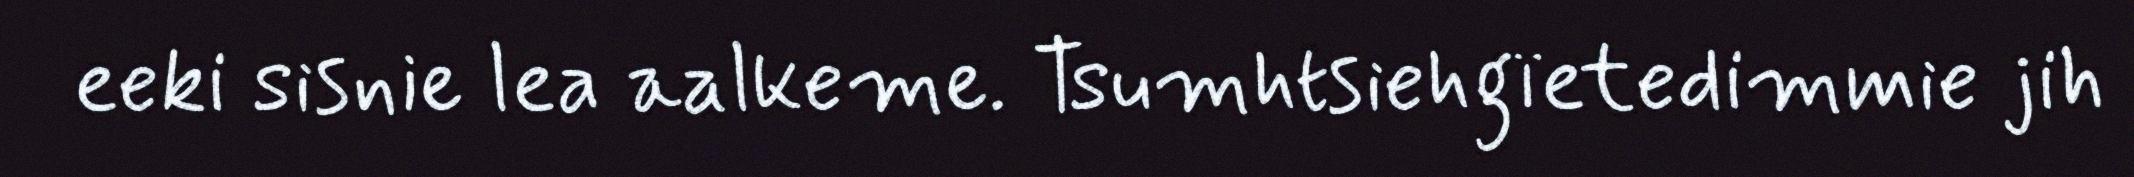
eeki sisnie lea aalkeme. Tsumhtsiehgïetedimmie jih